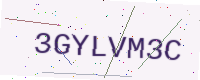
Text: 3GYLVM3C